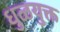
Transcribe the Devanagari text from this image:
धुळयुक्त